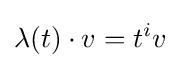
\lambda (t)\cdot v=t^{i}v